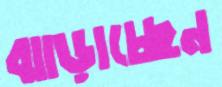
ঝাড়াচ্ছেন